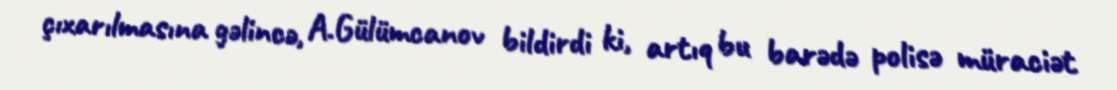
çıxarılmasına gəlincə, A.Gülümcanov bildirdi ki, artıq bu barədə polisə müraciət